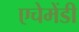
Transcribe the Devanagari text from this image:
एचेमेंडी